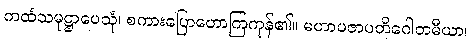
ကထံသမုဋ္ဌာပေသုံ၊ စကားပြောဟောကြကုန်၏။ မဟာပဇာပတိဂေါတမီယာ၊